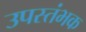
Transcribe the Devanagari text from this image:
उपस्तंभक